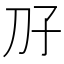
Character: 𫥱